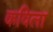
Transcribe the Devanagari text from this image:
कविला